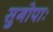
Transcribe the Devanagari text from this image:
सुगोपाः